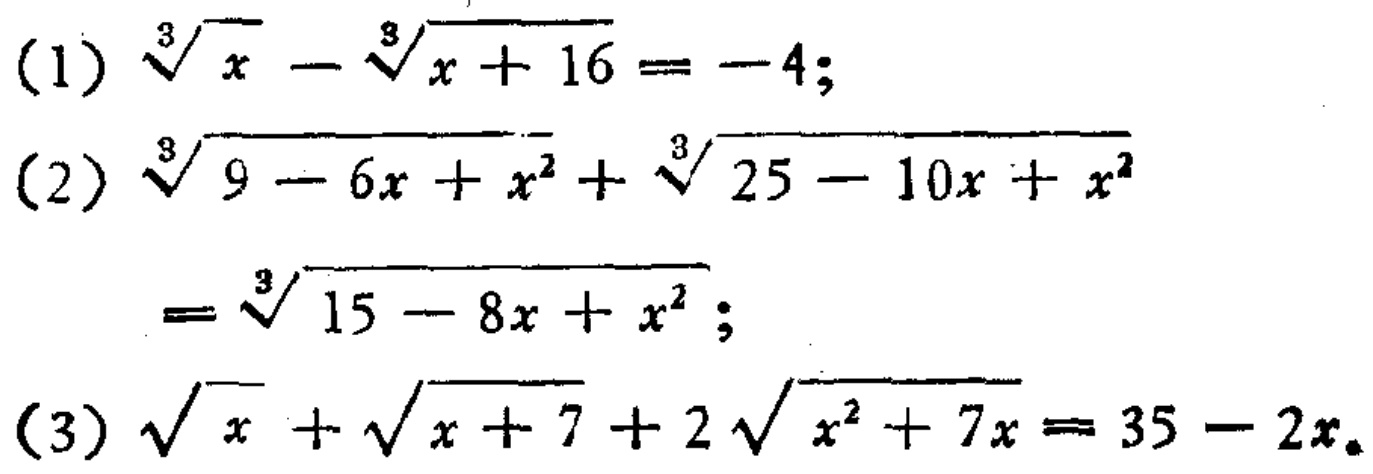
(1) $\sqrt[3]{x}-\sqrt[3]{x + 16}=-4$;
(2) $\sqrt[3]{9 - 6x + x^{2}}+\sqrt[3]{25 - 10x + x^{2}}=\sqrt[3]{15 - 8x + x^{2}}$;
(3) $\sqrt{x}+\sqrt{x + 7}+2\sqrt{x^{2}+7x}=35 - 2x$